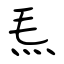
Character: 𤆬